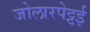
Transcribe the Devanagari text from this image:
जोलारपेट्टई